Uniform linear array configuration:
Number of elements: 4
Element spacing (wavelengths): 0.5
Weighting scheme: hann
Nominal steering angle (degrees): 15
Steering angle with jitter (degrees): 13.779
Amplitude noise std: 0.05
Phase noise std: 0.05

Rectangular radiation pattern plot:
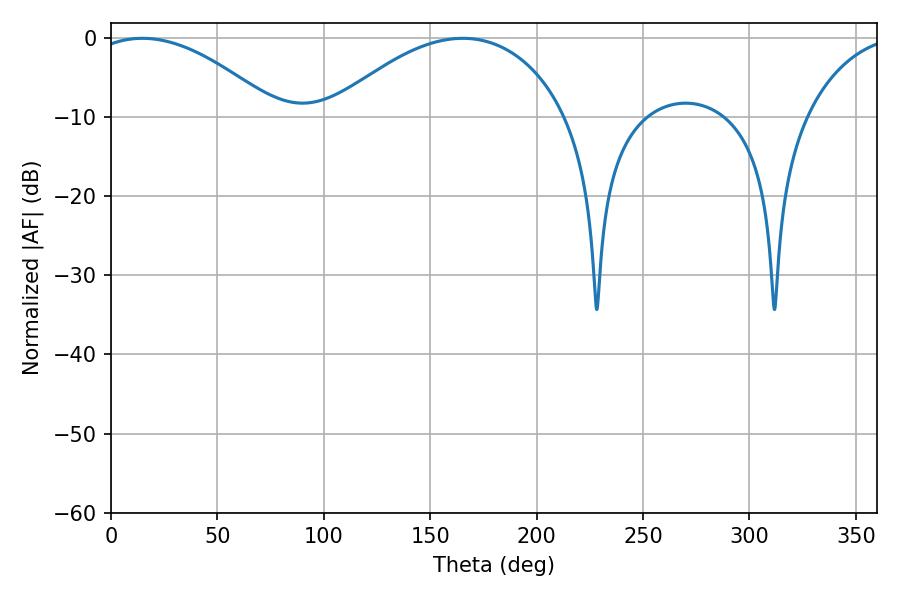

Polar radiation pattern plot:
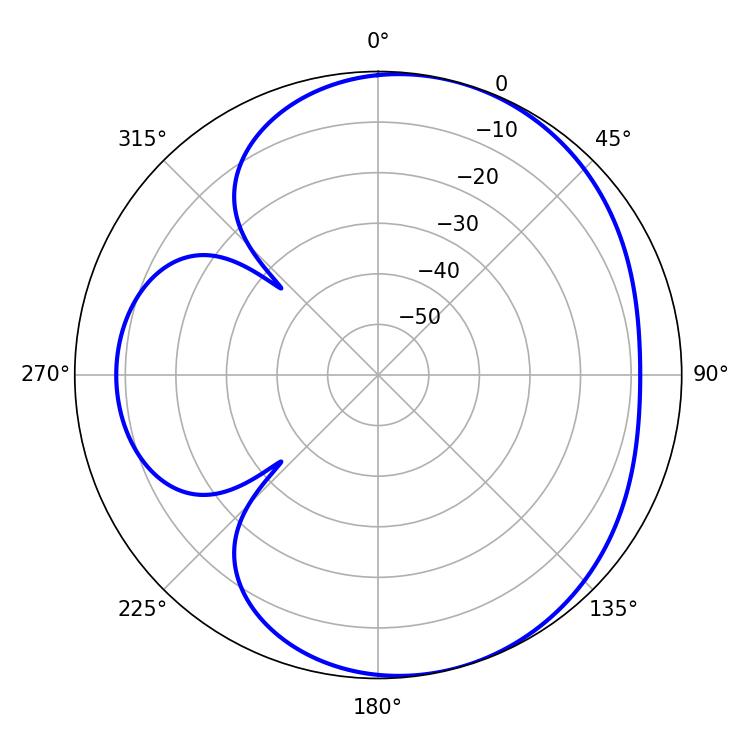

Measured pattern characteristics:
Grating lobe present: FALSE
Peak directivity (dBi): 4.949
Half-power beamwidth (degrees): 48.78
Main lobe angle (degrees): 14.76